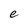
Character: e